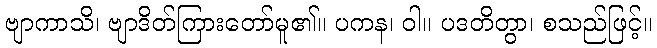
ဗျာကာသိ၊ ဗျာဒိတ်ကြားတော်မူ၏။ ပကန၊ ဝါ။ ပဒတိတွာ၊ စသည်ဖြင့်။